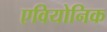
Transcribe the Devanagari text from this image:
एवियोनिक